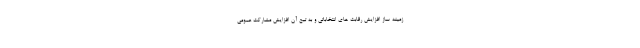
زمینه ساز افزایش رقابت های انتخاباتی و به تبع آن افزایش مشارکت عمومی